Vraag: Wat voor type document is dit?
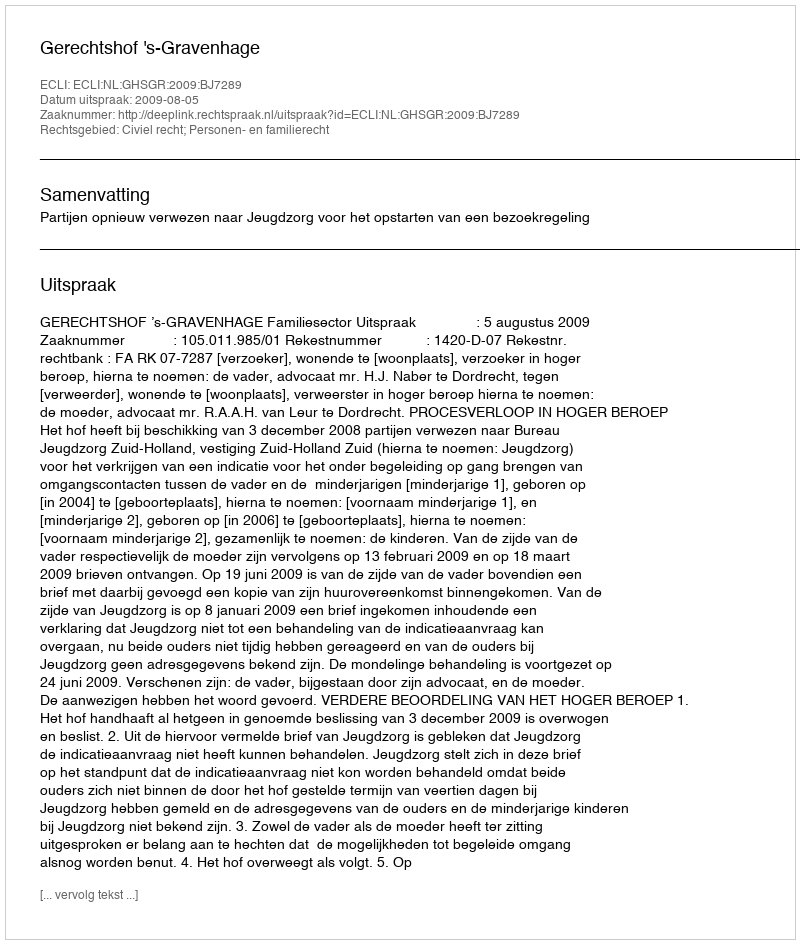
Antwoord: Uitspraak